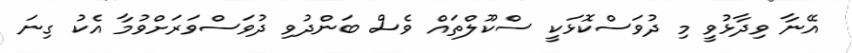
އޭނާ ވިދާޅުވީ މި ދުވަސްކޮޅަކީ ސްކޫލްތައް ވެސް ބަންދުވި ދުވަސްވަރަށްވުމާ އެކު ގިނަ